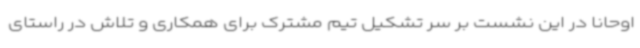
اوحانا در این نشست بر سر تشکیل تیم مشترک برای همکاری و تلاش در راستای